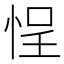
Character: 悜